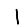
Digit: 1